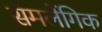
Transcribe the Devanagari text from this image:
समलेंगिक